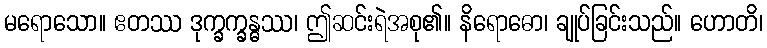
မရောသော။ ဧတဿ ဒုက္ခက္ခန္ဓဿ၊ ဤဆင်းရဲအစု၏။ နိရောဓော၊ ချုပ်ခြင်းသည်။ ဟောတိ၊